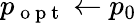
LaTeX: p_{\mathrm{~o~p~t~}}\gets p_{0}